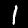
Digit: 1